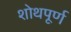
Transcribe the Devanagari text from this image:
शोथपूर्ण